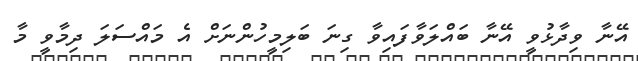
އޭނާ ވިދާޅުވީ އޭނާ ބައްލަވާފައިވާ ގިނަ ބަލިމީހުންނަށް އެ މައްސަލަ ދިމާވީ މާ